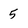
Character: 5